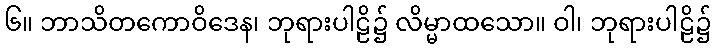
၆။ ဘာသိတကောဝိဒေန၊ ဘုရားပါဠိ၌ လိမ္မာထသော။ ဝါ၊ ဘုရားပါဠိ၌